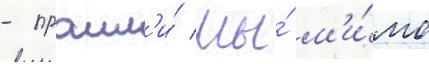
- прошл'и́ мы́ м'и́мо